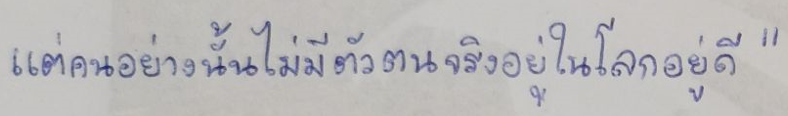
แต่คนอย่างนั้นไม่มีตัวตนจริงอยู่ในโลกอยู่ดี"